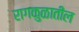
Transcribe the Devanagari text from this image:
रागकुळातील